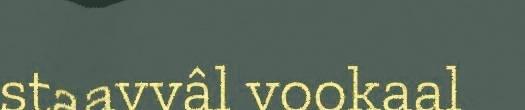
staavvâl vookaal